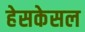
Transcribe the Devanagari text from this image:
हेसकेसल